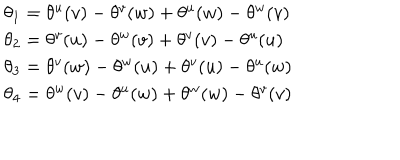
\begin{array} { l } { { \theta _ { 1 } = \theta ^ { u } ( v ) - \theta ^ { v } ( w ) + \theta ^ { u } ( w ) - \theta ^ { w } ( v ) } } \\ { { \theta _ { 2 } = \theta ^ { v } ( u ) - \theta ^ { w } ( v ) + \theta ^ { v } ( v ) - \theta ^ { u } ( u ) } } \\ { { \theta _ { 3 } = \theta ^ { v } ( w ) - \theta ^ { w } ( u ) + \theta ^ { v } ( u ) - \theta ^ { u } ( w ) } } \\ { { \theta _ { 4 } = \theta ^ { w } ( v ) - \theta ^ { u } ( w ) + \theta ^ { w } ( w ) - \theta ^ { v } ( v ) } } \\ \end{array}